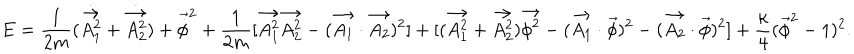
E = \frac { 1 } { 2 m } ( \dot { \vec { A _ { 1 } ^ { 2 } } } + \dot { \vec { A _ { 2 } ^ { 2 } } } ) + \vec { \dot { \phi } } ^ { 2 } + \frac { 1 } { 2 m } [ \vec { A _ { 1 } ^ { 2 } } \vec { A _ { 2 } ^ { 2 } } - ( \vec { A _ { 1 } } \cdot \vec { A _ { 2 } } ) ^ { 2 } ] + [ ( \vec { A _ { 1 } ^ { 2 } } + \vec { A _ { 2 } ^ { 2 } } ) \vec { \phi ^ { 2 } } - ( \vec { A _ { 1 } } \cdot \vec { \phi } ) ^ { 2 } - ( \vec { A _ { 2 } } \cdot \vec { \phi } ) ^ { 2 } ] + \frac { \kappa } { 4 } ( \vec { \phi } ^ { 2 } - 1 ) ^ { 2 } .